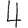
Digit: 4